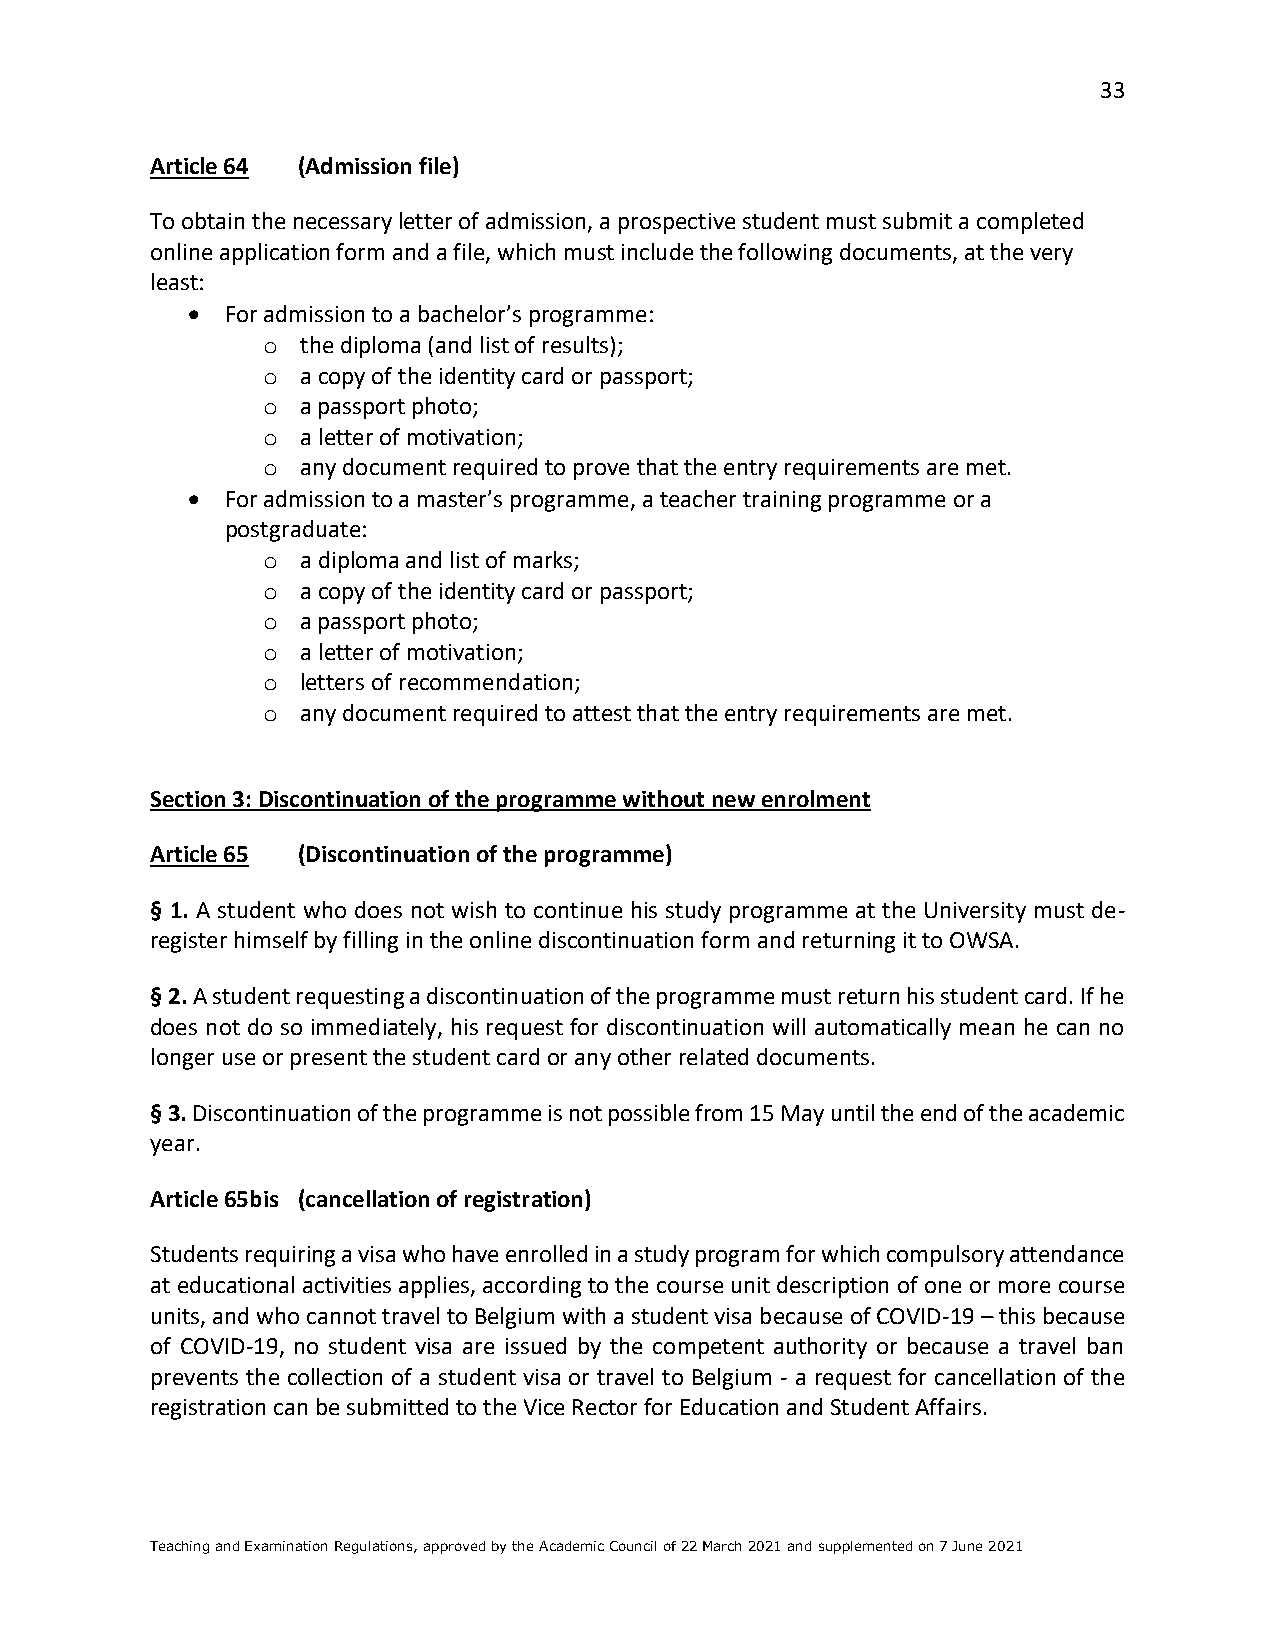
33
 Article 64 (Admission file)
 To obtain the necessary letter of admission, a prospective student must submit a completed
 online application form and a file, which must include the following documents, at the very
 least:
 •  For admission to a bachelor’s programme:
 o  the diploma (and list of results);
 o  a copy of the identity card or passport;
 o  a passport photo;
 o  a letter of motivation;
 o  any document required to prove that the entry requirements are met.
 •  For admission to a master’s programme, a teacher training programme or a
 postgraduate:
 o  a diploma and list of marks;
 o  a copy of the identity card or passport;
 o  a passport photo;
 o  a letter of motivation;
 o  letters of recommendation;
 o  any document required to attest that the entry requirements are met.
 Section 3: Discontinuation of the programme without new enrolment
 Article 65 (Discontinuation of the programme)
 § 1. A student who does not wish to continue his study programme at the University must de-
 register himself by filling in the online discontinuation form and returning it to OWSA.
 § 2. A student requesting a discontinuation of the programme must return his student card. If he
 does not do so immediately, his request for discontinuation will automatically mean he can no
 longer use or present the student card or any other related documents.
 § 3. Discontinuation of the programme is not possible from 15 May until the end of the academic
 year.
 Article 65bis (cancellation of registration)
 Students requiring a visa who have enrolled in a study program for which compulsory attendance
 at educational activities applies, according to the course unit description of one or more course
 units, and who cannot travel to Belgium with a student visa because of COVID-19 – this because
 of COVID-19, no student visa are issued by the competent authority or because a travel ban
 prevents the collection of a student visa or travel to Belgium - a request for cancellation of the
 registration can be submitted to the Vice Rector for Education and Student Affairs.
 Teaching and Examination Regulations, approved by the Academic Council of 22 March 2021 and supplemented on 7 June 2021